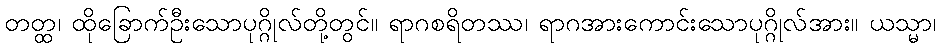
တတ္ထ၊ ထိုခြောက်ဦးသောပုဂ္ဂိုလ်တို့တွင်။ ရာဂစရိတဿ၊ ရာဂအားကောင်းသောပုဂ္ဂိုလ်အား။ ယသ္မာ၊